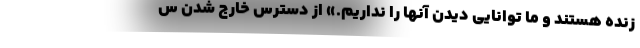
زنده هستند و ما توانایی دیدن آنها را نداریم.» از دسترس خارج شدن س